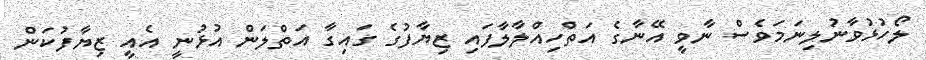
ލޯހުޅުވާނުލިނަމަވެސް ނާވީ އޭނާގެ އަތްހިއްލާލާފައި ޒިޔާފުގެ ގައިގާ އަތްލަން އުޅުނީ އެއީ ޒިޔާފުކަން